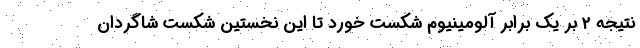
نتیجه 2 بر یک برابر آلومینیوم شکست خورد تا این نخستین شکست شاگردان